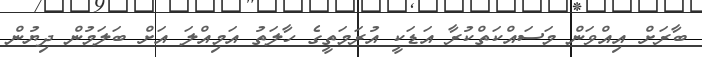
ބާރަށް އިއްވަން މަސައްކަތްކުރާ އަޑަކީ އުރަމަތީގެ ހާލަތު އަމިއްލަ އަށް ބަލަމުން ދިޔުން